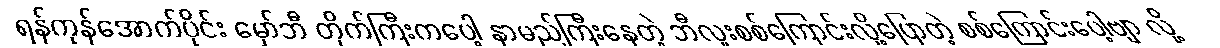
ရန်ကုန်အောက်ပိုင်း မှော်ဘီ တိုက်ကြီးကပေါ့ နာမည်ကြီးနေတဲ့ ဘီလူးစစ်ကြောင်းလို့ပြောတဲ့ စစ်ကြောင်းပေါ့ဗျာ လို့